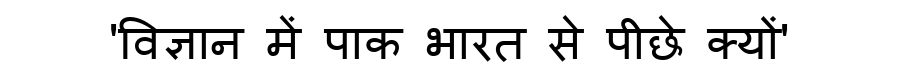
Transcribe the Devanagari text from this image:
'विज्ञान में पाक भारत से पीछे क्यों'